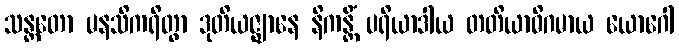
သန္တတော မနသိကရိတွာ ဒုတိယဇ္ဈာနေ နိကန္တိံ ပရိယာဒါယ တတိယာဓိဂမာယ ယောဂေါ